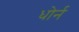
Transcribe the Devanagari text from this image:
धोर्न